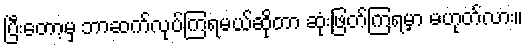
ပြီးတော့မှ ဘာဆက်လုပ်ကြရမယ်ဆိုတာ ဆုံးဖြတ်ကြရမှာ မဟုတ်လား။